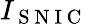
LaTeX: I_{\mathrm{~S~N~I~C~}}